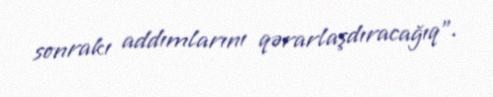
sonrakı addımlarını qərarlaşdıracağıq”.